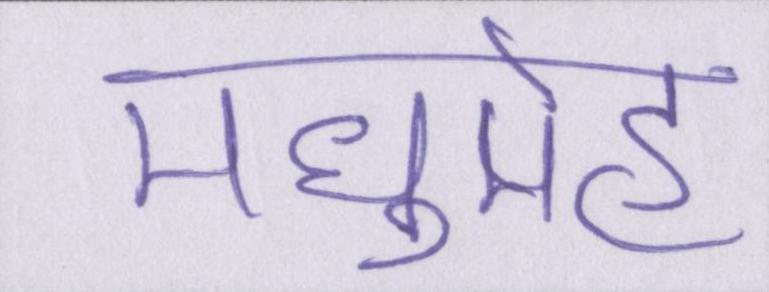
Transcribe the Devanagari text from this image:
मधुमेह